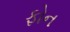
ફોન